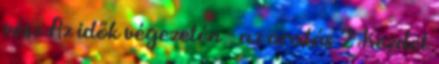
vész Az idők végezetén - az aratás 2 Kezdet